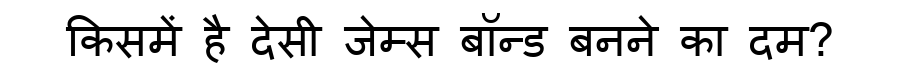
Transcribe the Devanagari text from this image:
किसमें है देसी जेम्स बॉन्ड बनने का दम?